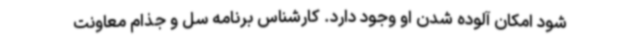
شود امکان آلوده شدن او وجود دارد. کارشناس برنامه سل و جذام معاونت